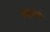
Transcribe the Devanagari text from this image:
ब्रहमंडे